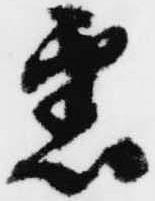
悉